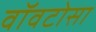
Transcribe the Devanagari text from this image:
वॉवटोसा